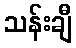
သန်းချီ